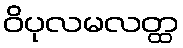
ဝိပုလမလတ္ထ